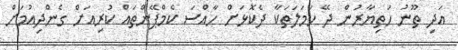
އަދި ތޫނު ހަތިޔާރުން ދޭ ހަމަލަތަކާ ދެކޮޅަށް ހާއްސަ ކެމްޕޭންތައް ކުރިއަށް ގެންދިއުމަށް